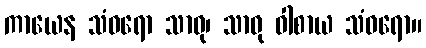
ကာယေန သံဝရော သာဓု၊ သာဓု ဝါစာယ သံဝရော။